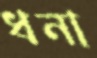
ধনা